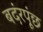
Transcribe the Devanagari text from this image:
बदंरपूंछ